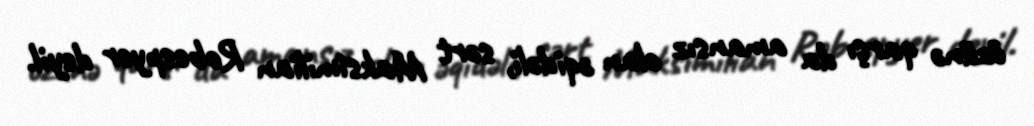
özünə qarşı da amansız olan əqidəli, sərt Maksimilian Robespyer deyil.